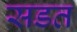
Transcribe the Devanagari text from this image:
सडत